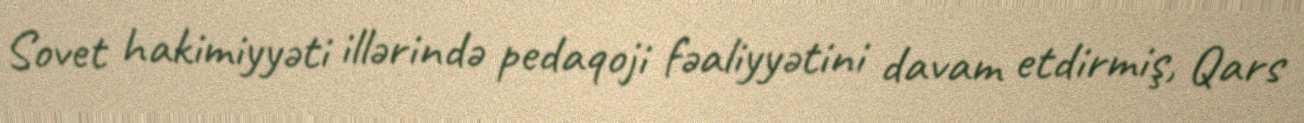
Sovet hakimiyyəti illərində pedaqoji fəaliyyətini davam etdirmiş, Qars